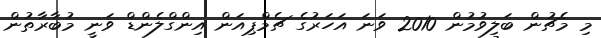
މި މެޗުން ބަލިވުމުން 2010 ވަނަ އަހަރުގެ ޗެމްޕިއަން އިންގްލެންޑް ވަނީ މުބާރާތުން